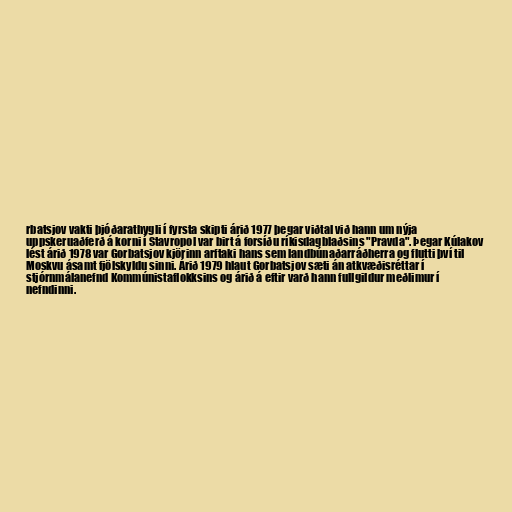
rbatsjov vakti þjóðarathygli í fyrsta skipti árið 1977 þegar viðtal við hann um nýja
uppskeruaðferð á korni í Stavropol var birt á forsíðu ríkisdagblaðsins "Pravda". Þegar Kúlakov
lést árið 1978 var Gorbatsjov kjörinn arftaki hans sem landbúnaðarráðherra og flutti því til
Moskvu ásamt fjölskyldu sinni. Árið 1979 hlaut Gorbatsjov sæti án atkvæðisréttar í
stjórnmálanefnd Kommúnistaflokksins og árið á eftir varð hann fullgildur meðlimur í
nefndinni.